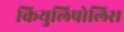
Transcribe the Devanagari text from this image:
कियुलिपोलिस